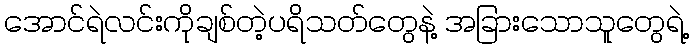
အောင်ရဲလင်းကိုချစ်တဲ့ပရိသတ်တွေနဲ့ အခြားသောသူတွေရဲ့